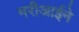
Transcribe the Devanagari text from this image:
मरीआईने